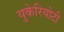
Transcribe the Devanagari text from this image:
युकेरियोटी